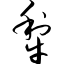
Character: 犁